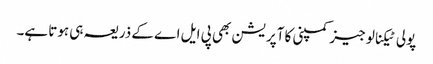
پولی ٹیکنالوجیز کمپنی کا آپریشن بھی پی ایل اے کے ذریعہ ہی ہوتا ہے۔